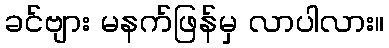
ခင်ဗျား မနက်ဖြန်မှ လာပါလား။